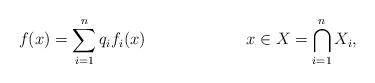
LaTeX: \begin{align*} &f(x)=\sum\limits_{i=1}^{n}q_{i}f_{i}(x)& &x\in X=\bigcap\limits_{i=1}^{n}X_{i},\end{align*}